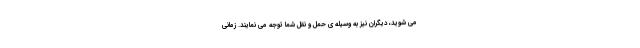
می شوید، دیگران نیز به وسیله ی حمل و نقل شما توجه می نمایند. زمانی